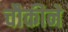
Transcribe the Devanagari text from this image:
चौकीने